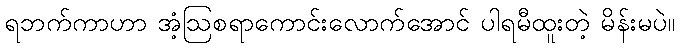
ရဘက်ကာဟာ အံ့ဩစရာကောင်းလောက်အောင် ပါရမီထူးတဲ့ မိန်းမပဲ။